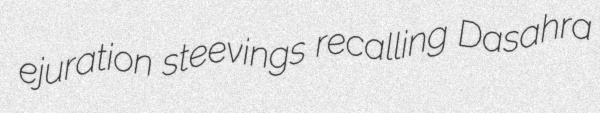
ejuration steevings recalling Dasahra